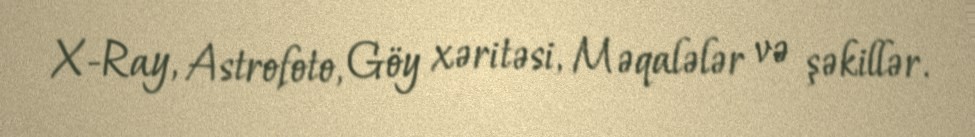
X-Ray, Astrofoto, Göy xəritəsi, Məqalələr və şəkillər.